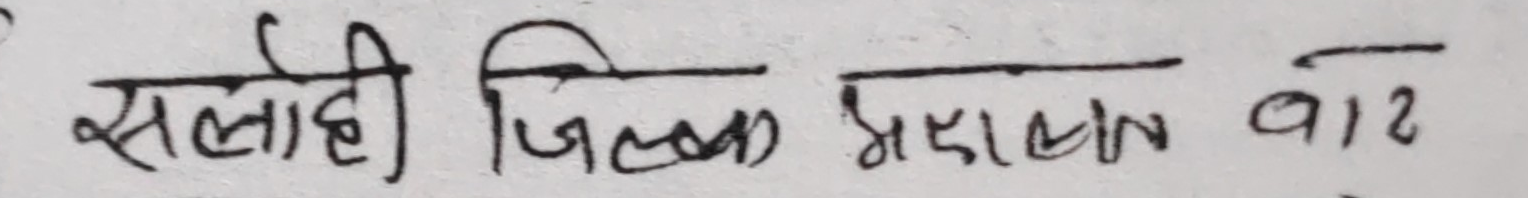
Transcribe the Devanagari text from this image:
सलाई जिल्ला अदालत बा२